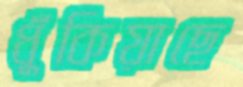
ধুঁকিয়াছে